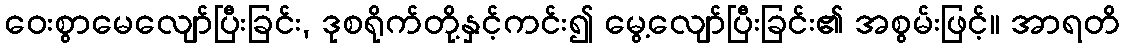
ဝေးစွာမေလျော်ပြီးခြင်း, ဒုစရိုက်တို့နှင့်ကင်း၍ မွေ့လျော်ပြီးခြင်း၏ အစွမ်းဖြင့်။ အာရတိ